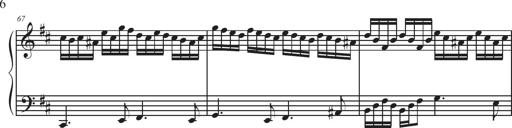
Title: Sonatina Espania
Composer: Jerald Franklin Archer
Key: Various